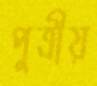
পুত্রীয়